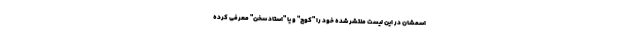
اسمشان در این لیست منتشر شده خود را "کوچ" و یا "استاد سخن" معرفی کرده